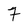
Character: 7